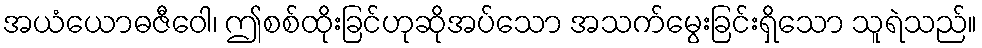
အယံယောဓဇီဝေါ၊ ဤစစ်ထိုးခြင်ဟုဆိုအပ်သော အသက်မွေးခြင်းရှိသော သူရဲသည်။